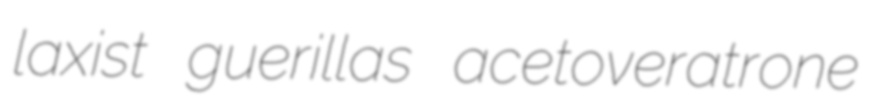
laxist guerillas acetoveratrone